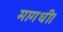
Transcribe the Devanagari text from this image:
मागधी।